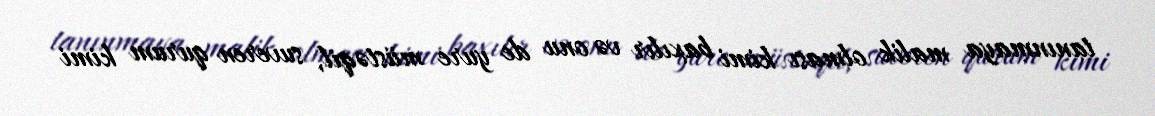
tanınmaya malik olması kimi baxılır və onu de yure müstəqil, suveren qurum kimi